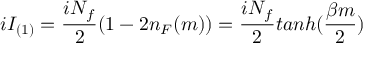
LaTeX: i I _ { ( 1 ) } = \frac { i N _ { f } } { 2 } ( 1 - 2 n _ { F } ( m ) ) = \frac { i N _ { f } } { 2 } t a n h ( \frac { \beta m } { 2 } )